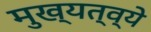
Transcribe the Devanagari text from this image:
मुख्यत्व्ये